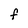
Character: F